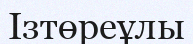
Ізтөреұлы